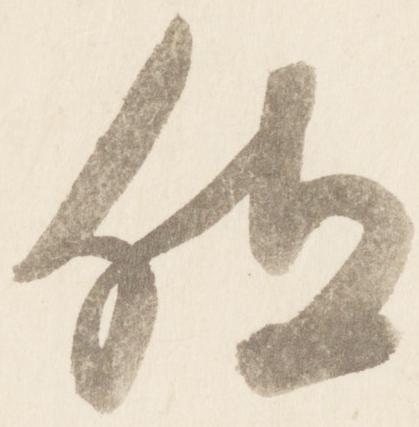
位